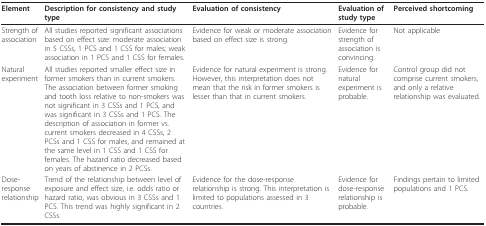
| Element | Description for consistency and study type | Evaluation of consistency | Evaluation of study type | Perceived shortcoming |
 | --- | --- | --- | --- | --- |
 | Strength of association | All studies reported significant associations based on effect size: moderate association in 5 CSSs, 1 PCS and 1 CSS for males; weak association in 1 PCS and 1 CSS for females. | Evidence for weak or moderate association based on effect size is strong. | Evidence for strength of association is convincing. | Not applicable |
 | Natural experiment | All studies reported smaller effect size in former smokers than in current smokers. The association between former smoking and tooth loss relative to non-smokers was not significant in 3 CSSs and 1 PCS, and was significant in 3 CSSs and 1 PCS. The description of association in former vs. current smokers decreased in 4 CSSs, 2 PCSs and 1 CSS for males, and remained at the same level in 1 CSS and 1 CSS for females. The hazard ratio decreased based on years of abstinence in 2 PCSs. | Evidence for natural experiment is strong. However, this interpretation does not mean that the risk in former smokers is lesser than that in current smokers. | Evidence for natural experiment is probable. | Control group did not comprise current smokers, and only a relative relationship was evaluated. |
 | Dose-response relationship | Trend of the relationship between level of exposure and effect size, i.e. odds ratio or hazard ratio, was obvious in 3 CSSs and 1 PCS. This trend was highly significant in 2 CSSs. | Evidence for the dose-response relationship is strong. This interpretation is limited to populations assessed in 3 countries. | Evidence for dose-response relationship is probable. | Findings pertain to limited populations and 1 PCS. |